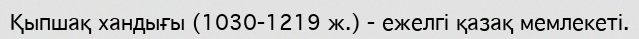
Қыпшақ хандығы (1030-1219 ж.) - ежелгі қазақ мемлекеті.